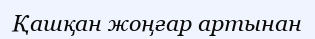
Қашқан жоңғар артынан